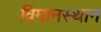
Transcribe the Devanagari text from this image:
विमानस्थान